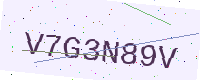
Text: V7G3N89V